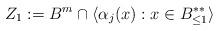
LaTeX: \begin{align*}Z_1:=B^m\cap \langle \alpha_j(x): x\in B^{**}_{\leq 1}\rangle\end{align*}